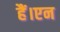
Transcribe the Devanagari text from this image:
हैं।एन